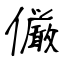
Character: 𠑊